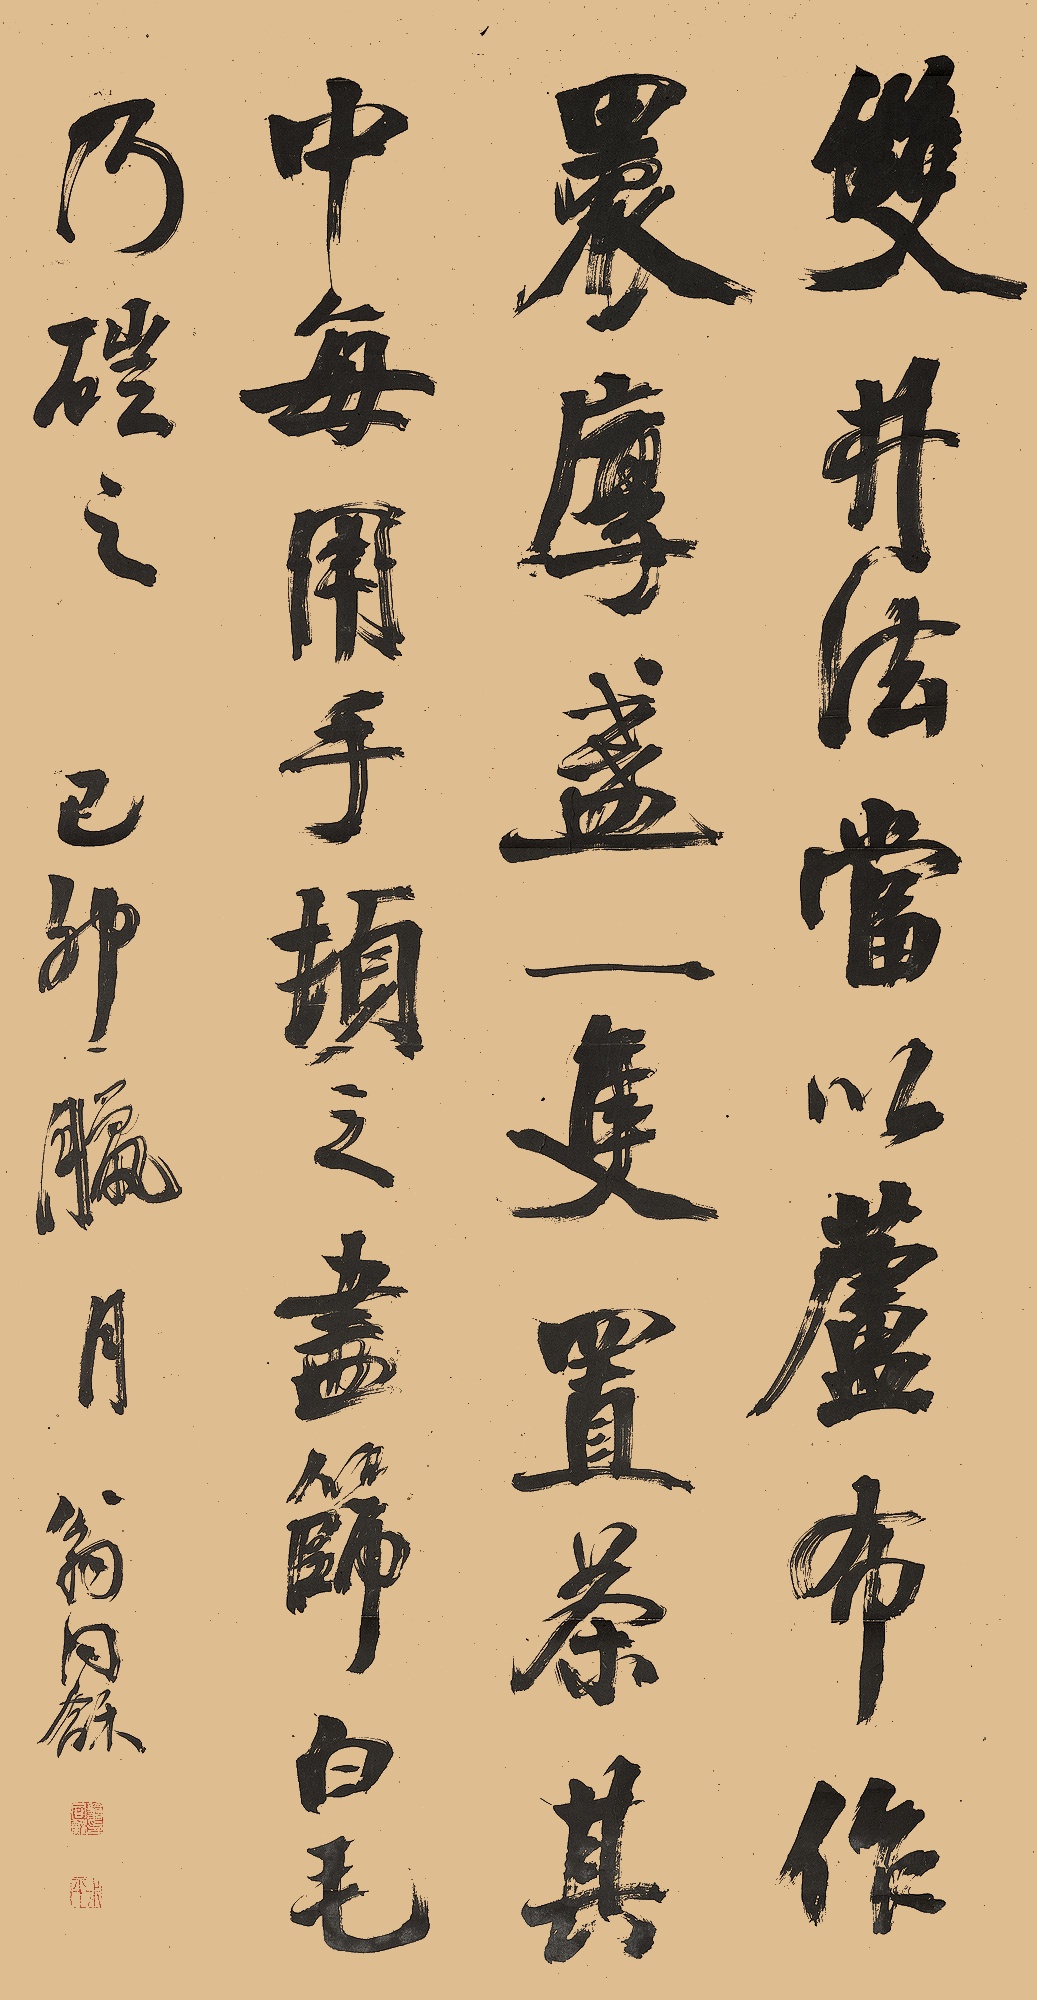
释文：双井法，当以芦布作，裹厚盏一只，置茶其中，每用手顿之，尽筛白毛，乃硙之。己卯腊月，翁同龢。